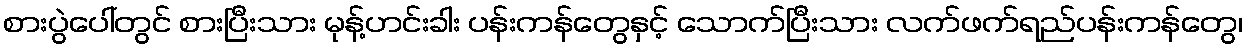
စားပွဲပေါ်တွင် စားပြီးသား မုန့်ဟင်းခါး ပန်းကန်တွေနှင့် သောက်ပြီးသား လက်ဖက်ရည်ပန်းကန်တွေ၊